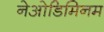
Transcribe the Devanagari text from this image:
नेओडिमिनम